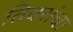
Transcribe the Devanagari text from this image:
तिवरांचा